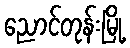
ညောင်တုန်းမြို့